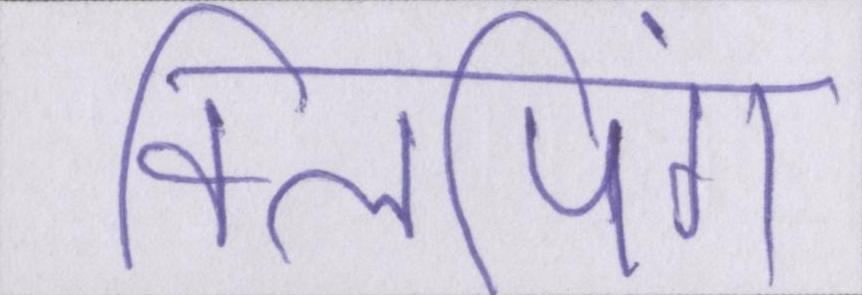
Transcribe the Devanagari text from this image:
क्लिपिंग